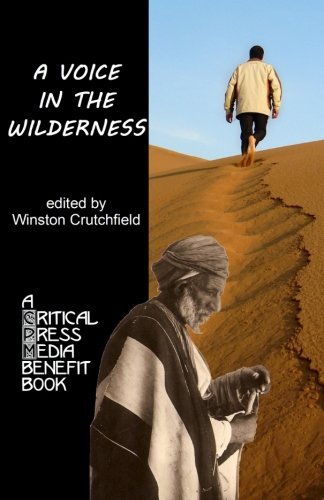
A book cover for A Voice in the Wilderness: A Critical Press Media Benefit Book; Winston Crutchfield; Christian Books & Bibles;